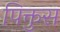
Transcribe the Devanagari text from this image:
पिक्तुस